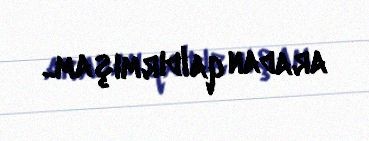
aradan qaldırmışam..